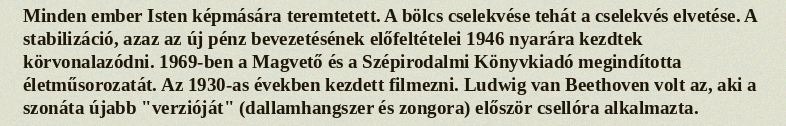
Minden ember Isten képmására teremtetett. A bölcs cselekvése tehát a cselekvés elvetése. A stabilizáció, azaz az új pénz bevezetésének előfeltételei 1946 nyarára kezdtek körvonalazódni. 1969-ben a Magvető és a Szépirodalmi Könyvkiadó megindította életműsorozatát. Az 1930-as években kezdett filmezni. Ludwig van Beethoven volt az, aki a szonáta újabb "verzióját" (dallamhangszer és zongora) először csellóra alkalmazta.